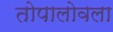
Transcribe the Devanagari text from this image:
तोपालोवला